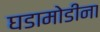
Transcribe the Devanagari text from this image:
घडामोडीना